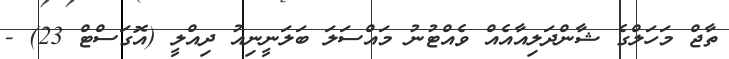
ތާޖް މަަހަލްގެ ޝާންދަލިއާއެއް ވެއްޓުނު މައްސަލަ ބަލަނީނިއު ދިއްލީ (އޮގަސްޓް 23) -